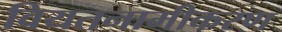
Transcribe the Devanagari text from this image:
वियतनामीकरण